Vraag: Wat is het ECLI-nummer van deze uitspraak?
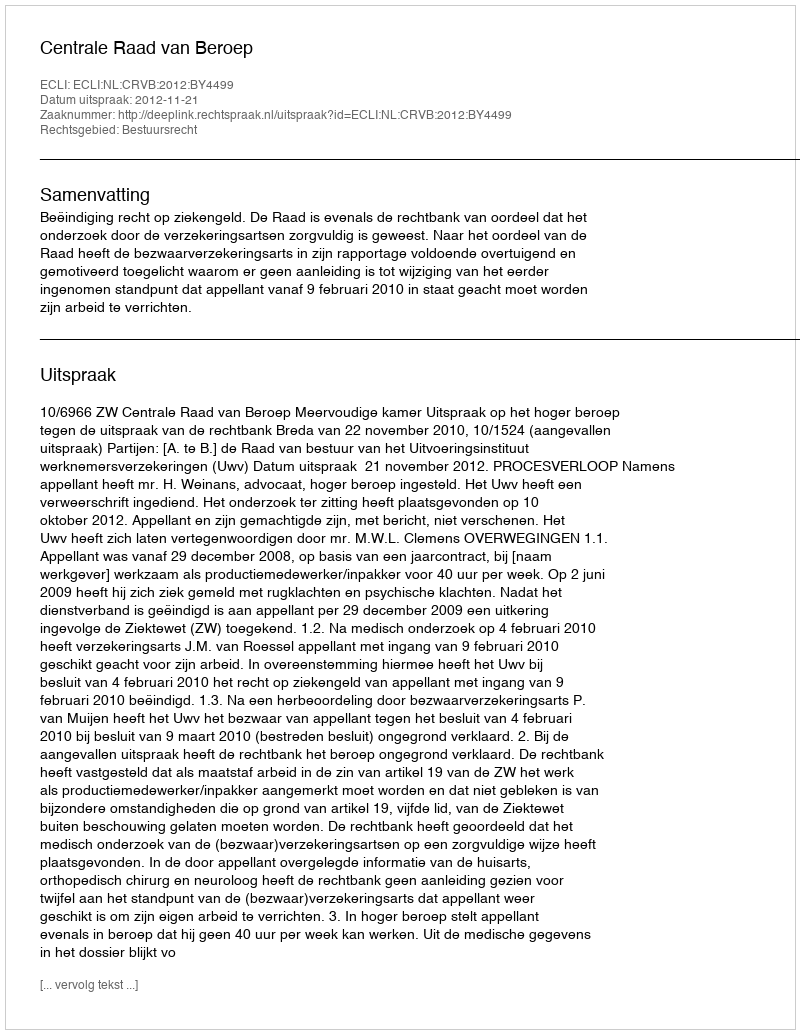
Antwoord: ECLI:NL:CRVB:2012:BY4499